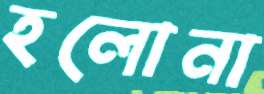
হলোনা